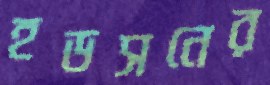
হডসনের